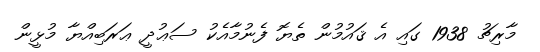
މާރިޗު 1938 ގައި އެ ޤައުމުން ތެޔޮ ފެނުމާއެކު ސަޢުދީ ޢަރަބިއްޔާ މުޅީން